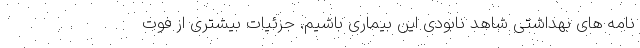
نامه های بهداشتی شاهد نابودی این بیماری باشیم. جزئیات بیشتری از فوت